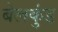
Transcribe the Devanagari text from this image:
बेलकुंड